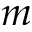
m